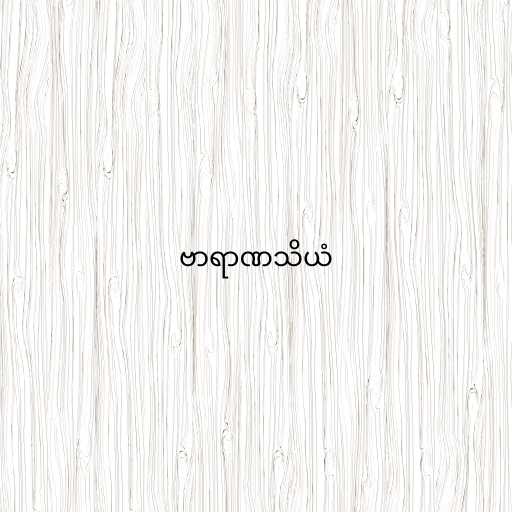
ဗာရာဏသိယံ